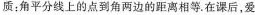
质：角平分线上的点到角两边的距离相等。在课后，爱